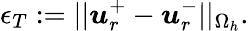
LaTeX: \epsilon_{T}:=||\boldsymbol{u}_{r}^{+}-\boldsymbol{u}_{r}^{-}||_{\Omega_{h}}.